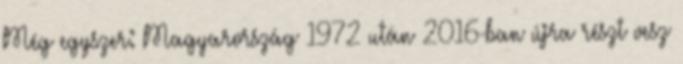
Még egyszer: Magyarország 1972 után 2016-ban újra részt vesz